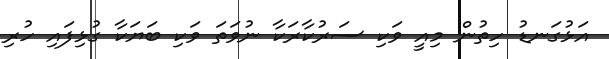
އަޅުގަނޑު ހިތުން މިއީ ވަކި ސަރުކާރަކާ ނުވަތަ ވަކި ބަޔަކާ ގުޅިފައި ހުރި